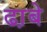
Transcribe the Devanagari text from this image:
ढा़बे